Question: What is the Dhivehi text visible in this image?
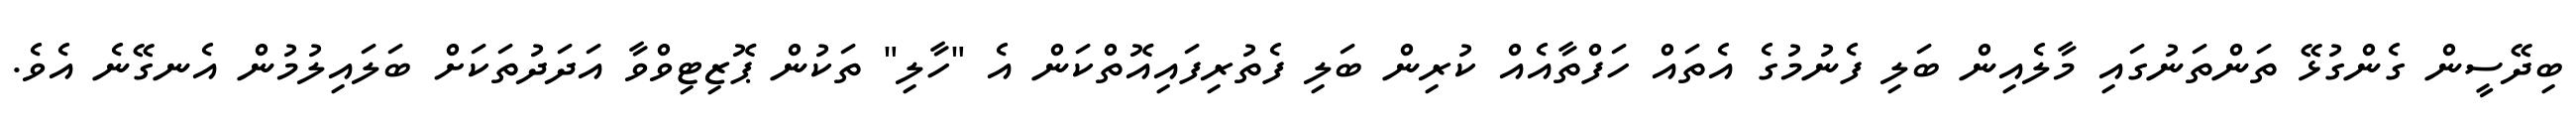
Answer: ބިދޭސީން ގެންގުޅޭ ތަންތަނުގައި މާލެއިން ބަލި ފެނުމުގެ އެތައް ހަފްތާއެއް ކުރިން ބަލި ފެތުރިފައިއޮތްކަން އެ "ހާލި" ތަކުން ޕޮޒިޓިވްވާ އަދަދުތަކަށް ބަލައިލުމުން އެނގޭނެ އެވެ.